Report on the administration of the Government Cinchona Department 1892-98
Year: 1892
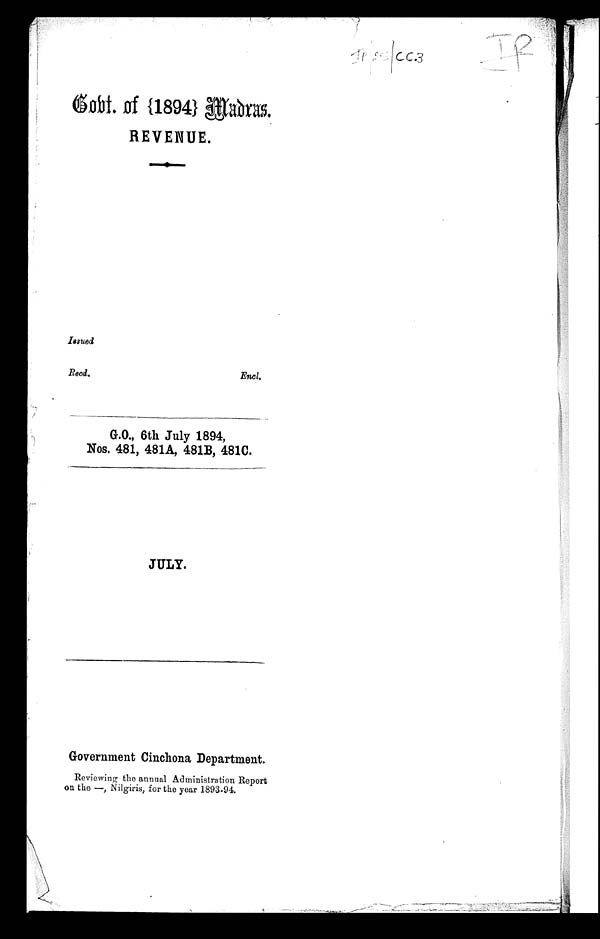
I p 2 5 | C C 3 I P
Govt. of {1894} Madas
REVENUE.
Issued
Recd.
Encl.
G.O. , 6th July 1894,
Nos. 481, 481A, 481B, 481C.
JULY.
Government Cinchona Department.
Reviewing the annual Administration Report
on tho—,Nilgiris, for the year 1893.94.